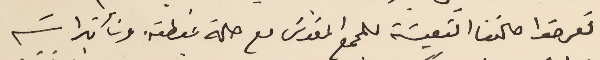
تعرفوا حالتنا التعيسَة للمجمع المقدسَ مع حالة غبطته وتأثيراته